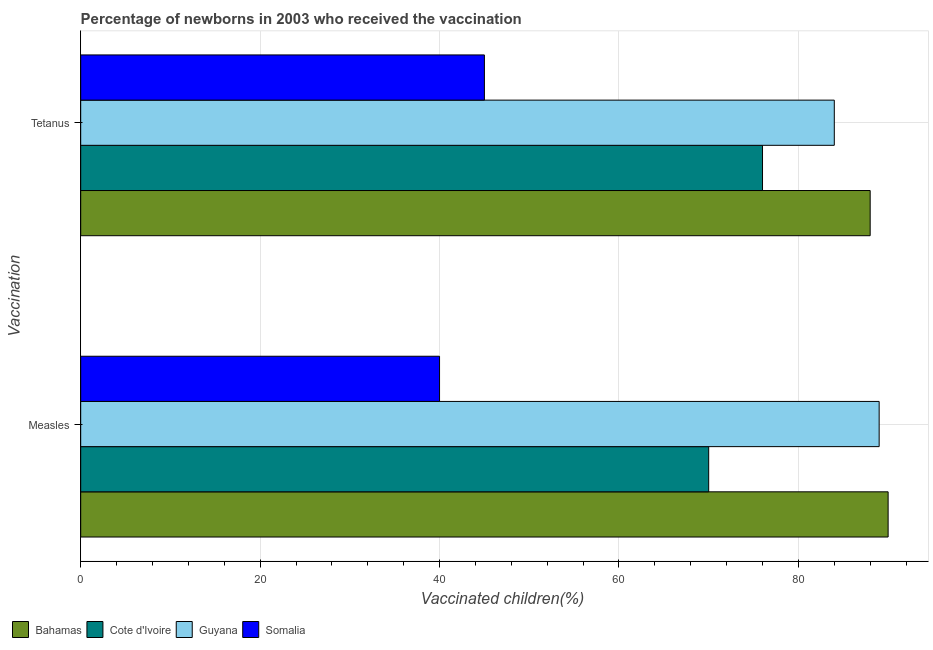
| Vaccination | Bahamas | Cote d'Ivoire | Guyana | Somalia |
 | --- | --- | --- | --- | --- |
 | Measles | 90 | 70 | 89 | 40 |
 | Tetanus | 88 | 76 | 84 | 45 |